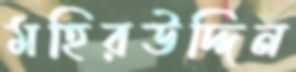
মহিরউদ্দিন